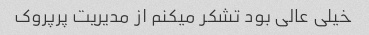
خیلى عالى بود تشکر میکنم از مدیریت پرپروک